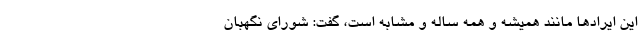
این ایرادها مانند همیشه و همه ساله و مشابه است، گفت: شورای نگهبان